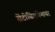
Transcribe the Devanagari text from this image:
सेंटीबिलयेनायर